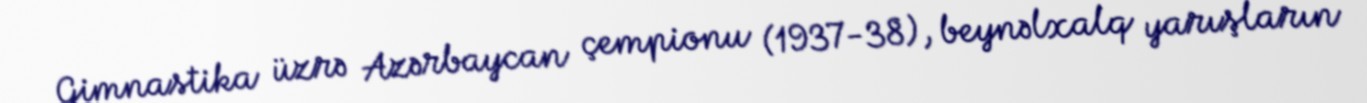
Gimnastika üzrə Azərbaycan çempionu (1937-38), beynəlxalq yarışların